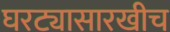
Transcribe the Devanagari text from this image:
घरट्यासारखीच